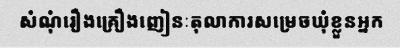
សំណុំរឿងគ្រឿងញៀនៈតុលាការសម្រេចឃុំខ្លួនអ្នក